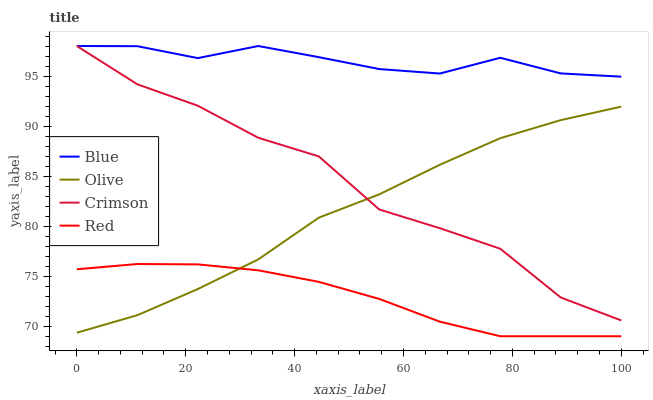
| xaxis_label | Blue | Olive | Crimson | Red |
 | --- | --- | --- | --- | --- |
 | 0 | 98 | 69.4 | 98 | 75.7 |
 | 11.1 | 98 | 71.1 | 94.2 | 76.2 |
 | 22.2 | 96.8 | 73.7 | 92 | 76.2 |
 | 33.3 | 98 | 76.7 | 88.8 | 75.6 |
 | 44.4 | 96.9 | 80.8 | 87 | 74.4 |
 | 55.6 | 95.7 | 83.2 | 81.7 | 72.7 |
 | 66.7 | 95.2 | 86.1 | 79.8 | 70.5 |
 | 77.8 | 96.8 | 88.8 | 77.7 | 69 |
 | 88.9 | 95.3 | 90.6 | 72.9 | 69 |
 | 100 | 94.9 | 91.9 | 70.6 | 69 |